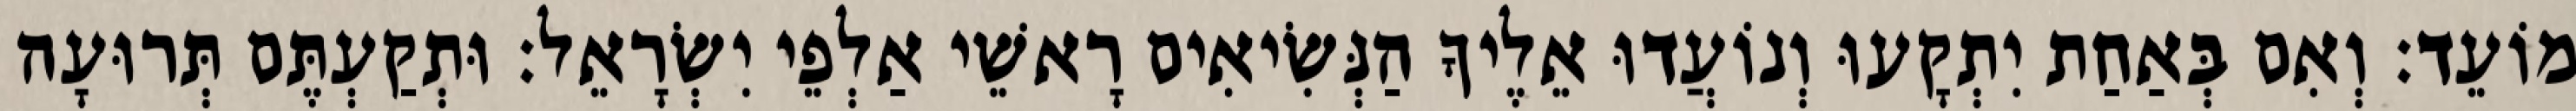
מוֹעֵד׃ וְאִם בְּאַחַת יִתְקָעוּ וְנוֹעֲדוּ אֵלֶיךָ הַנְּשִׂיאִים רָאשֵׁי אַלְפֵי יִשְׂרָאֵל׃ וּתְקַעְתֶּם תְּרוּעָה